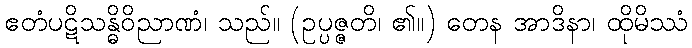
ဧတံပဋိသန္ဓိဝိညာဏံ၊ သည်။ (ဥပ္ပဇ္ဇတိ၊ ၏။) တေန အာဒိနာ၊ ထိုမိဿံ